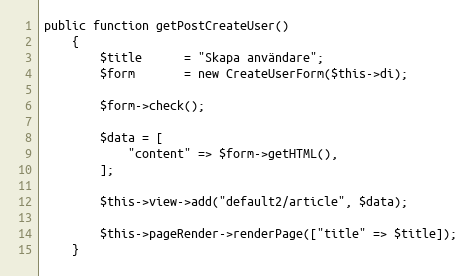
Language: PHP
public function getPostCreateUser()
    {
        $title      = "Skapa användare";
        $form       = new CreateUserForm($this->di);

        $form->check();

        $data = [
            "content" => $form->getHTML(),
        ];

        $this->view->add("default2/article", $data);

        $this->pageRender->renderPage(["title" => $title]);
    }